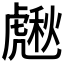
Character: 𧇸